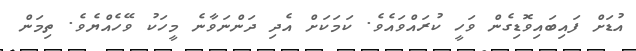
އުޑަށް ފައިބައިވޮޑިގެން ވަހީ ކުރައްވައެވެ. ކަމަކަށް އެދި ދަންނަވާނެ މީހަކު ވޭހެއްޔެވެ. ތިމަން